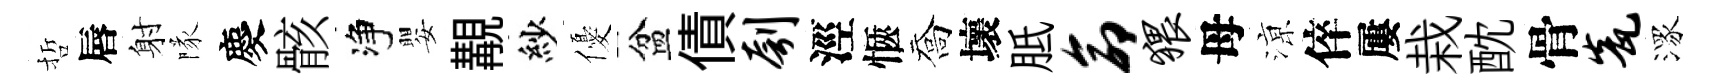
哲唇射隊慶骸净嬰覯紗優盆債刳涇愜喬壞胝命猥母鿌倅屢栽酖骨瓮潈